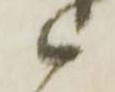
候